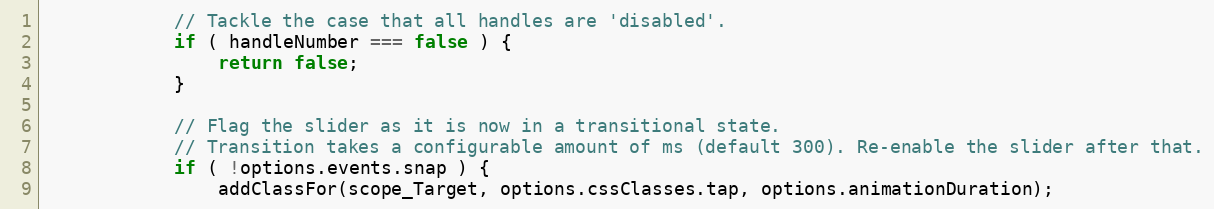
Language: JavaScript
            // Tackle the case that all handles are 'disabled'.
            if ( handleNumber === false ) {
                return false;
            }

            // Flag the slider as it is now in a transitional state.
            // Transition takes a configurable amount of ms (default 300). Re-enable the slider after that.
            if ( !options.events.snap ) {
                addClassFor(scope_Target, options.cssClasses.tap, options.animationDuration);